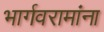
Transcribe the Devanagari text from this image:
भार्गवरामांना